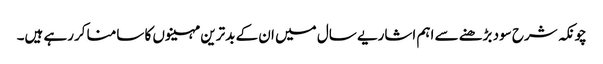
چونکہ شرح سود بڑھنے سے اہم اشاریے سال میں ان کے بدترین مہینوں کا سامنا کررہے ہیں۔